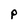
Character: p